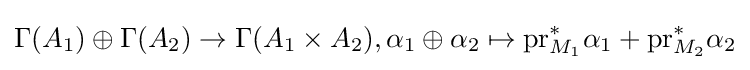
\Gamma (A_{1})\oplus \Gamma (A_{2})\to \Gamma (A_{1}\times A_{2}),\alpha _{1}\oplus \alpha _{2}\mapsto \mathrm {pr} _{M_{1}}^{*}\alpha _{1}+\mathrm {pr} _{M_{2}}^{*}\alpha _{2}